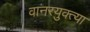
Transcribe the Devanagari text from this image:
वानरयुक्त्या